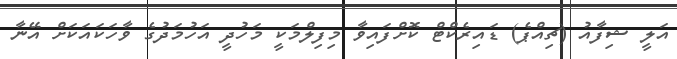
އަލީ ޝިފާއު (ޗިއްޕެ) ޑައިރެކްޓް ކޮށްފައިވާ މިފިލްމަކީ މަހުދީ އަހުމަދުގެ ވާހަކައަކަށް އޭނާ